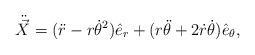
LaTeX: \begin{align*}\ddot{\vec X}=(\ddot r-r{\dot\theta}^2)\hat {e}_r +(r\ddot\theta +2\dot r\dot\theta )\hat {e}_\theta ,\end{align*}